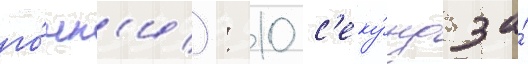
го́нк'и): 10 с'еку́нд за́